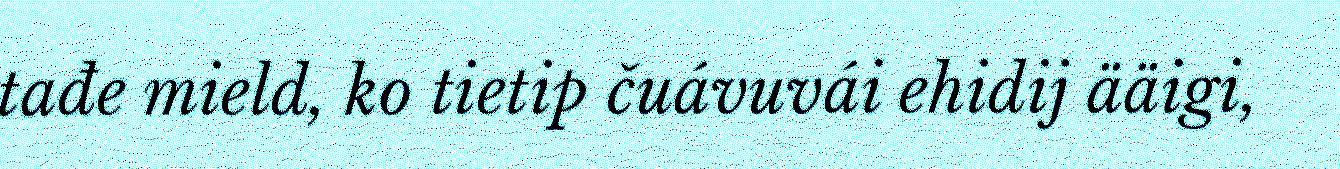
tađe mield, ko tietip čuávuvái ehidij ääigi,